Punjab Mental Hospital Lahore 1922-31 - 1922-1931
Year: 1922
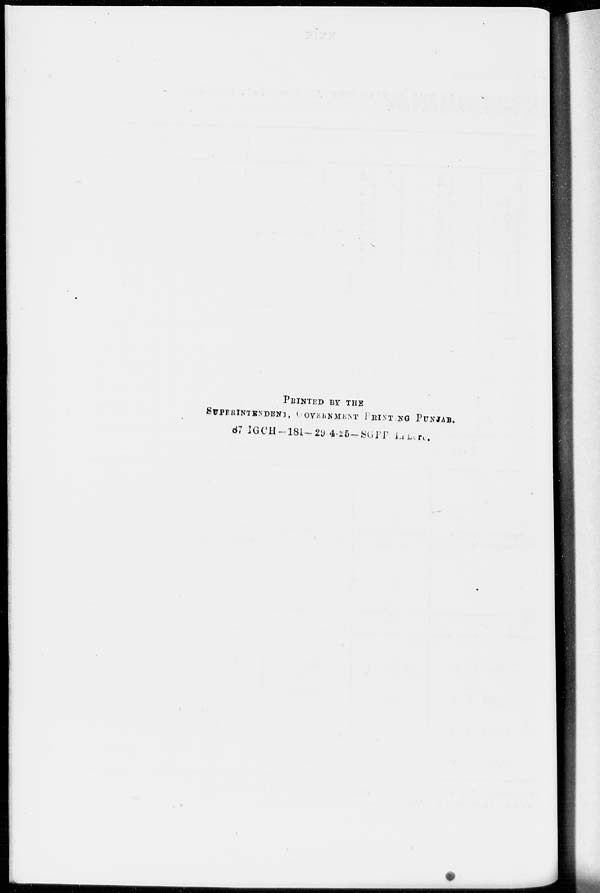
PRINTED BY THE
SUPERINTENDENT, GOVERNMENT PRINTING PUNJAB.
87 IGCH-181-29.4.25-SGPP LAHORE.